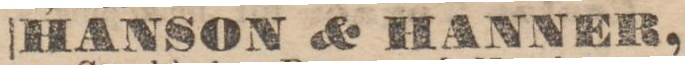
HANSON & HANNER,